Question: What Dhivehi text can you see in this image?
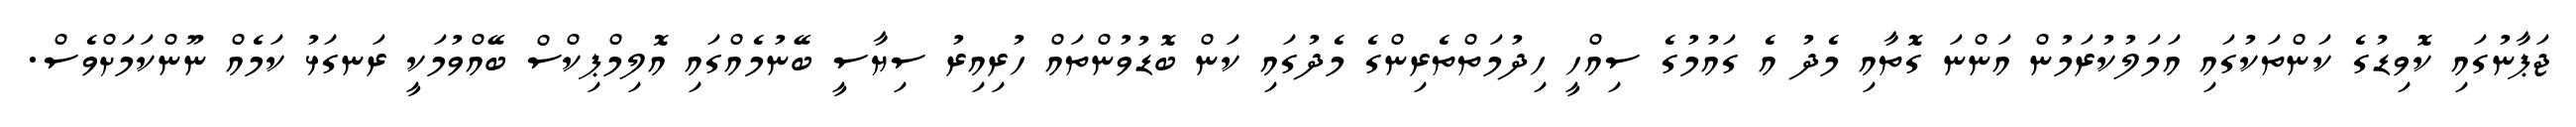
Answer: ޖަޕާނުގައި ކޮވިޑުގެ ކަންތަކުގައި އަމަލުކުރަމުން އަންނަ ގޮތާއި މެދު އެ ގައުމުގެ ސިއްހީ ހިދުމަތްތެރިންގެ މެދުގައި ކަން ބޮޑުވުންތައް ހުރިއިރު ސިޔާސީ ބޭނުމެއްގައި އޮލިމްޕިކްސް ބޭއްވުމަކީ ރަނގަޅު ކަމެއް ނޫންކަމަށްވެސް.